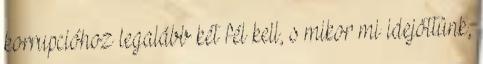
korrupcióhoz legalább két fél kell, s mikor mi idejöttünk,